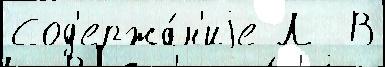
Сод'ержа́н'иjе Л  В